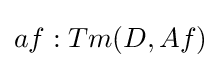
af:Tm(D,Af)